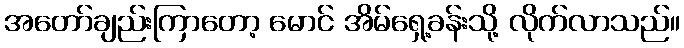
အတော်ချည်းကြာတော့ မောင် အိမ်ရှေ့ခန်းသို့ လိုက်လာသည်။